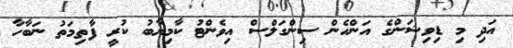
އަދި މި ޑިވިޝަންގެ އަންހެން ސިންގަލްސް އިވެންޓު ކާމިޔާބު ކުރީ ފާތިމަތު ނަބާހާ